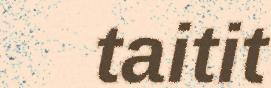
taitit